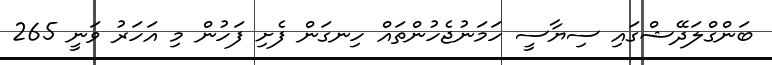
ބަންގްލަދޭޝްގައި ސިޔާސީ ހަމަނުޖެހުންތައް ހިނގަން ފެށި ފަހުން މި އަހަރު ވަނީ 265